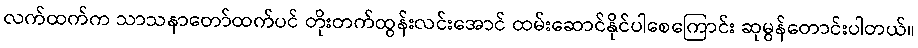
လက်ထက်က သာသနာတော်ထက်ပင် တိုးတက်ထွန်းလင်းအောင် ထမ်းဆောင်နိုင်ပါစေကြောင်း ဆုမွန်တောင်းပါတယ်။